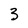
Character: 3